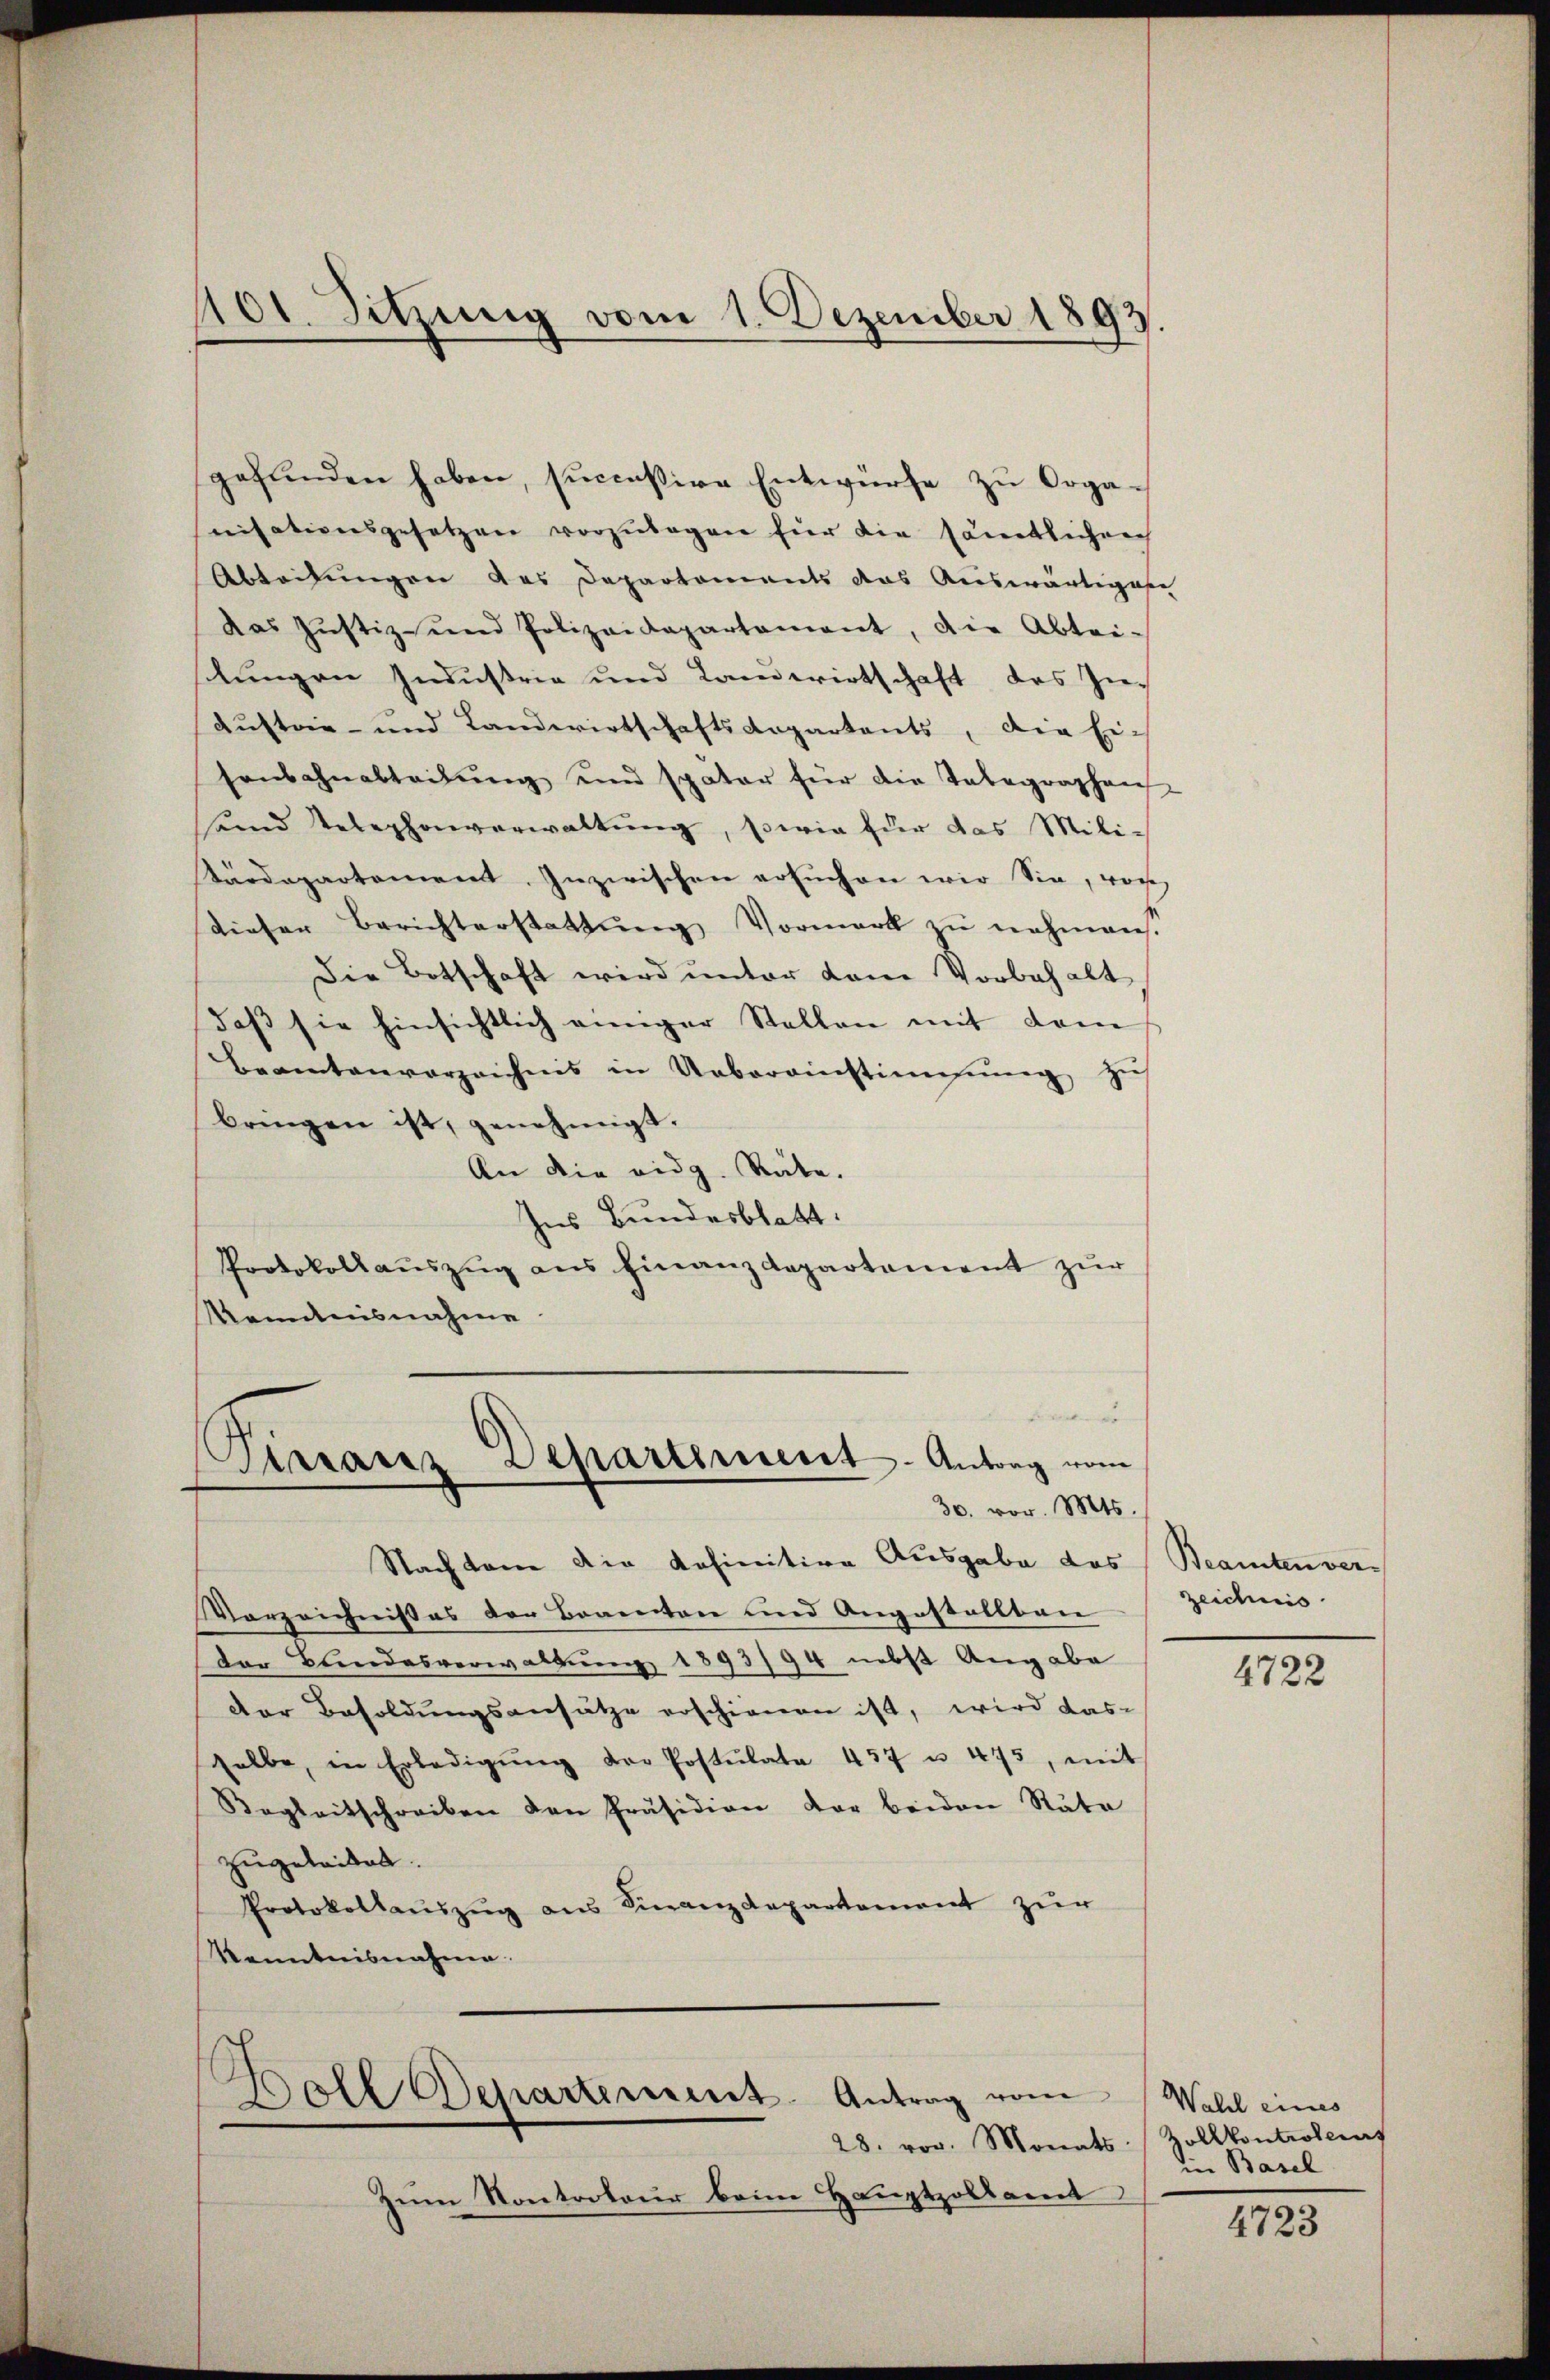
101. Sitzung vom 1. Dezember 1893

gefŭnden haben, successive Entwürfe zŭ Orga-
nisationsgesetzen vorzŭlegen für die sämtlichrech
Abteilungen das Departements das Auswärtigese
Das Justiz- und Polizeidepartement, die Abtei-
stungen Industrie und Landwirtschaft das Zie-
Kustoir- und Landwirtschaftsdepartants, die Ei-
senbahnabteilŭng und spater für die Tabegraphen-
und Telephonverwaltung, sowie für das Mili-
Kärdepartement. Inzwischen ersuchen wir Sie, wor
dieser Berichterstattŭng Vormerk zŭ nehmens.
Die Botschaft wird unter dem Vorbehalt
daβ sie hinsichtlich einiger Stellen mit dem
Beamtenverzeichnis in Uebereinstiṁŭng zŭ
bringen ist, genehmigt.
An die eidg. Räte.
Ins Bundesblatt.
Protokollauszug aus Finanzdepartement zur
kenntnisnahme

e
irranz Departiment - Antrag vom
30. vor. Mts.

Nachten die definitive Ausgabe des Beamten ver¬
Vorzeichnißes der Beamten und Angestallban
Der Bundesverwaltung 1893/94 nebst Angabe
der Besoldungsansätze erschienen ist, wird das-
halbe, in Erledigŭng der Postulate 457 u. 475, mit
Begleitschreiben den Präsidion der beiden Rata
zugeleidet.
Protokollaŭszŭg ans Finanzdepartement zur
Kenntnisnahme.

s
Doll Departement Antrag vom
28. vor. Monats

Zum Kontorteur beim Hauptzollamt

zeichnis.

4722

Wald eines
Zollkontrolernt
in Basel

4723